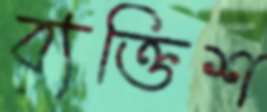
ব্যক্তিশ